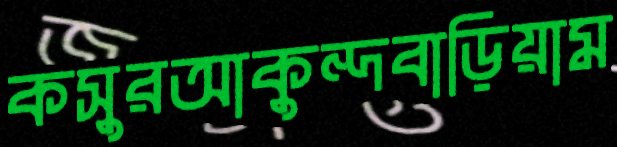
কসুরআকুন্দবাড়িয়াম